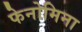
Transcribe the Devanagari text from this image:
फेनोमिना